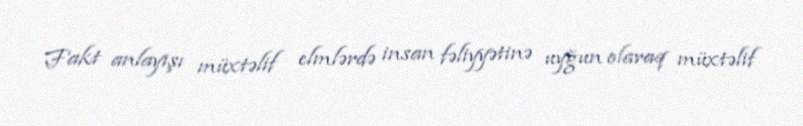
Fakt anlayışı müxtəlif elmlərdə insan fəliyyətinə uyğun olaraq müxtəlif